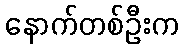
နောက်တစ်ဦးက